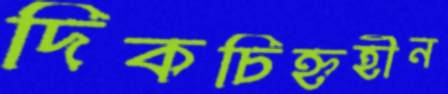
দিকচিহ্নহীন